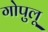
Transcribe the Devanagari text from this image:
गोपुलू